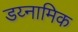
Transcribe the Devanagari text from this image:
डय्नामिक